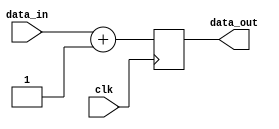
module synchronous_logic (
    input wire clk,
    input wire [7:0] data_in,
    output reg [7:0] data_out
);

always @(negedge clk) begin
    // Synchronous logic operations here
    data_out <= data_in + 1; // Example operation: data_out increments by 1 on falling edge of clock
end

endmodule